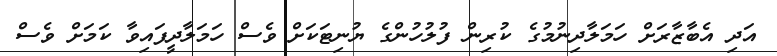
އަދި އެބާޒާރަށް ހަމަލާދިނުމުގެ ކުރިން ފުލުހުންގެ ޔުނިޓަކަށް ވެސް ހަމަލާދީފައިވާ ކަމަށް ވެސް